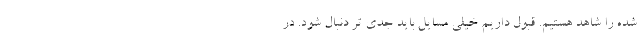
شده را شاهد هستیم. قبول داریم خیلی مسایل باید جدی تر دنبال شود. در